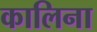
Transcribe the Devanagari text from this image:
कालिना